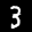
Label: 3